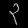
Digit: ၃